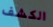
الكشف